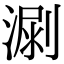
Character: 𣺳